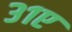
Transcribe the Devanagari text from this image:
३१ए